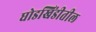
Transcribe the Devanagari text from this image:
घोडखिंडीतील